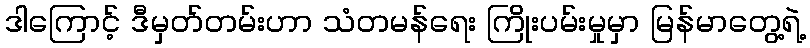
ဒါကြောင့် ဒီမှတ်တမ်းဟာ သံတမန်ရေး ကြိုးပမ်းမှုမှာ မြန်မာတွေ့ရဲ့